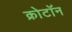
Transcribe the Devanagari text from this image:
क्रोटॉन